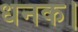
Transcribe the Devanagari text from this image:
धनक।